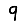
Digit: 9